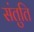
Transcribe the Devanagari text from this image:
संतुति